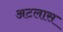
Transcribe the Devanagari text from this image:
अटलास